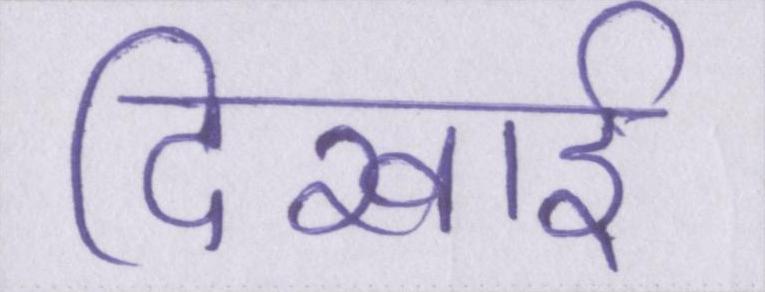
दिखाई